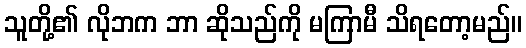
သူတို့၏ လိုဘက ဘာ ဆိုသည်ကို မကြာမီ သိရတော့မည်။